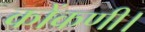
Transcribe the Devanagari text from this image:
कोंकणी।